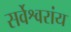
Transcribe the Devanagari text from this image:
सर्वेश्वरांय